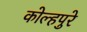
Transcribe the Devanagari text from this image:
कोल्हपुरे